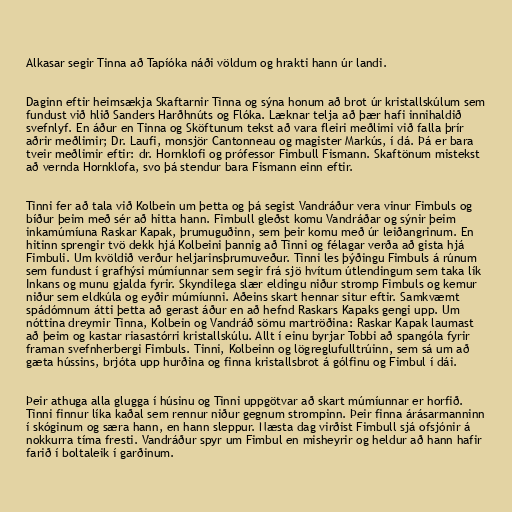
Alkasar segir Tinna að Tapíóka náði völdum og hrakti hann úr landi.

Daginn eftir heimsækja Skaftarnir Tinna og sýna honum að brot úr kristallskúlum sem
fundust við hlið Sanders Harðhnúts og Flóka. Læknar telja að þær hafi innihaldið
svefnlyf. En áður en Tinna og Sköftunum tekst að vara fleiri meðlimi við falla þrír
aðrir meðlimir; Dr. Laufi, monsjör Cantonneau og magister Markús, í dá. Þá er bara
tveir meðlimir eftir: dr. Hornklofi og prófessor Fimbull Fismann. Skaftönum mistekst
að vernda Hornklofa, svo þá stendur bara Fismann einn eftir.

Tinni fer að tala við Kolbein um þetta og þá segist Vandráður vera vinur Fimbuls og
bíður þeim með sér að hitta hann. Fimbull gleðst komu Vandráðar og sýnir þeim
inkamúmíuna Raskar Kapak, þrumuguðinn, sem þeir komu með úr leiðangrinum. En
hitinn sprengir tvö dekk hjá Kolbeini þannig að Tinni og félagar verða að gista hjá
Fimbuli. Um kvöldið verður heljarinsþrumuveður. Tinni les þýðingu Fimbuls á rúnum
sem fundust í grafhýsi múmíunnar sem segir frá sjö hvítum útlendingum sem taka lík
Inkans og munu gjalda fyrir. Skyndilega slær eldingu niður stromp Fimbuls og kemur
niður sem eldkúla og eyðir múmíunni. Aðeins skart hennar situr eftir. Samkvæmt
spádómnum átti þetta að gerast áður en að hefnd Raskars Kapaks gengi upp. Um
nóttina dreymir Tinna, Kolbein og Vandráð sömu martröðina: Raskar Kapak laumast
að þeim og kastar riasastórri kristallskúlu. Allt í einu byrjar Tobbi að spangóla fyrir
framan svefnherbergi Fimbuls. Tinni, Kolbeinn og lögreglufulltrúinn, sem sá um að
gæta hússins, brjóta upp hurðina og finna kristallsbrot á gólfinu og Fimbul í dái.

Þeir athuga alla glugga í húsinu og Tinni uppgötvar að skart múmíunnar er horfið.
Tinni finnur líka kaðal sem rennur niður gegnum strompinn. Þeir finna árásarmanninn
í skóginum og særa hann, en hann sleppur. Næsta dag virðist Fimbull sjá ofsjónir á
nokkurra tíma fresti. Vandráður spyr um Fimbul en misheyrir og heldur að hann hafir
farið í boltaleik í garðinum.